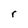
Character: r